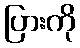
ပြားကို